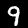
Label: 9